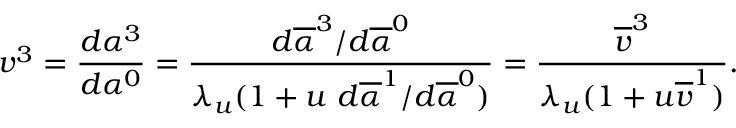
v ^ { 3 } = \frac { d \alpha ^ { 3 } } { d \alpha ^ { 0 } } = \frac { d \overline { { \alpha } } ^ { 3 } / d \overline { { \alpha } } ^ { 0 } } { \lambda _ { u } ( 1 + u \mathrm { ~ } d \overline { { \alpha } } ^ { 1 } / d \overline { { \alpha } } ^ { 0 } ) } = \frac { \overline { { v } } ^ { 3 } } { \lambda _ { u } ( 1 + u \overline { { v } } ^ { 1 } ) } .